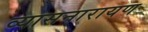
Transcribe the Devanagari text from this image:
व्यासनारायण